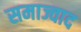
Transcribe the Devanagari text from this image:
समाज्वाद